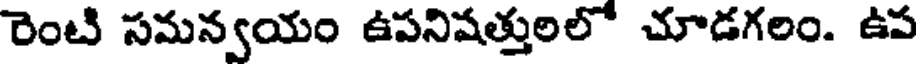
రెంటి సమన్వయం ఉపనిషత్తులలో చూడగలం. ఉప